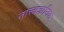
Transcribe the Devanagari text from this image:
तात्त्वज्ञानिक